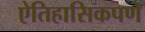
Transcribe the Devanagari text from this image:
ऐतिहासिकपणे